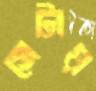
সেটায়